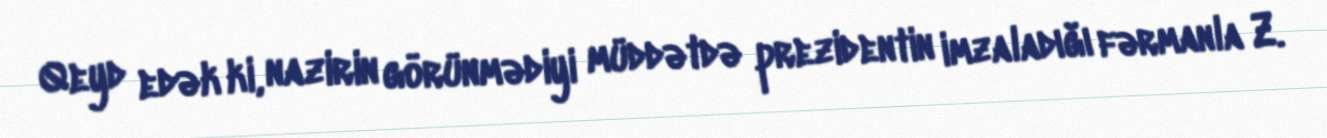
Qeyd edək ki, nazirin görünmədiyi müddətdə prezidentin imzaladığı fərmanla Z.